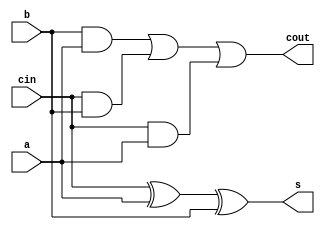
//Ripple adder skeleton
module fulladder(input a, b, cin, output s, cout);
	assign s = cin^a^b;
	assign cout = (b & a) | (cin & b) | (cin & a);
endmodule


//Ripple adder with 4 full adders
module rippleAdder(a, s);
	input [7:0] a;
	output [4:0] s;
	wire w0, w1, w2;
	
	fulladder block1 (.s(s[0]), .cout(w0), .a(a[0]), .b(a[4]), .cin(1'b0));
	fulladder block2 (.s(s[1]), .cout(w1), .a(a[1]), .b(a[5]), .cin(w0));
	fulladder block3 (.s(s[2]), .cout(w2), .a(a[2]), .b(a[6]), .cin(w1));
	fulladder block4 (.s(s[3]), .cout(s[4]), .a(a[3]), .b(a[7]), .cin(w2));
endmodule